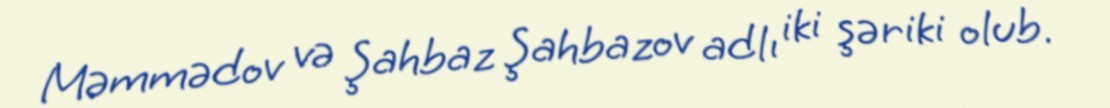
Məmmədov və Şahbaz Şahbazov adlı iki şəriki olub.